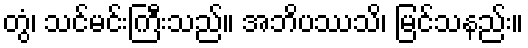
တွံ၊ သင်မင်းကြီးသည်။ အဘိပဿသိ၊ မြင်သနည်း။